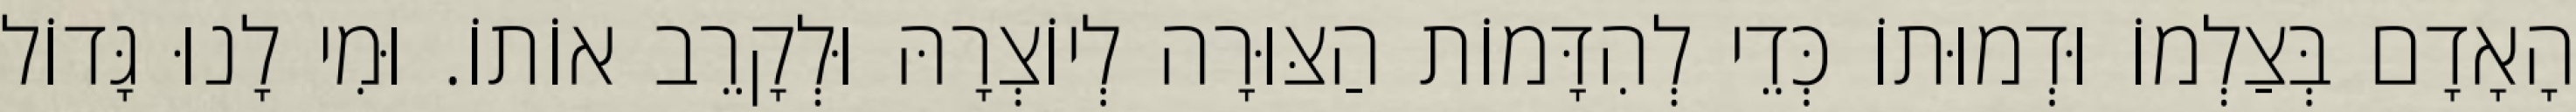
הָאָדָם בְּצַלְמוֹ וּדְמוּתוֹ כְּדֵי לְהִדָּמוֹת הַצּוּרָה לְיוֹצְרָהּ וּלְקָרֵב אוֹתוֹ. וּמִי לָנוּ גָּדוֹל